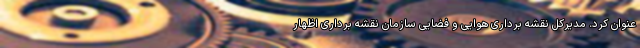
عنوان کرد. مدیرکل نقشه برداری هوایی و فضایی سازمان نقشه برداری اظهار